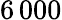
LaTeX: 6\, 000